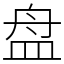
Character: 盘